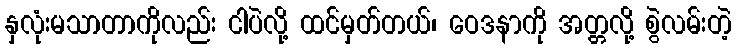
နှလုံးမသာတာကိုလည်း ငါပဲလို့ ထင်မှတ်တယ်၊ ဝေဒနာကို အတ္တလို့ စွဲလမ်းတဲ့